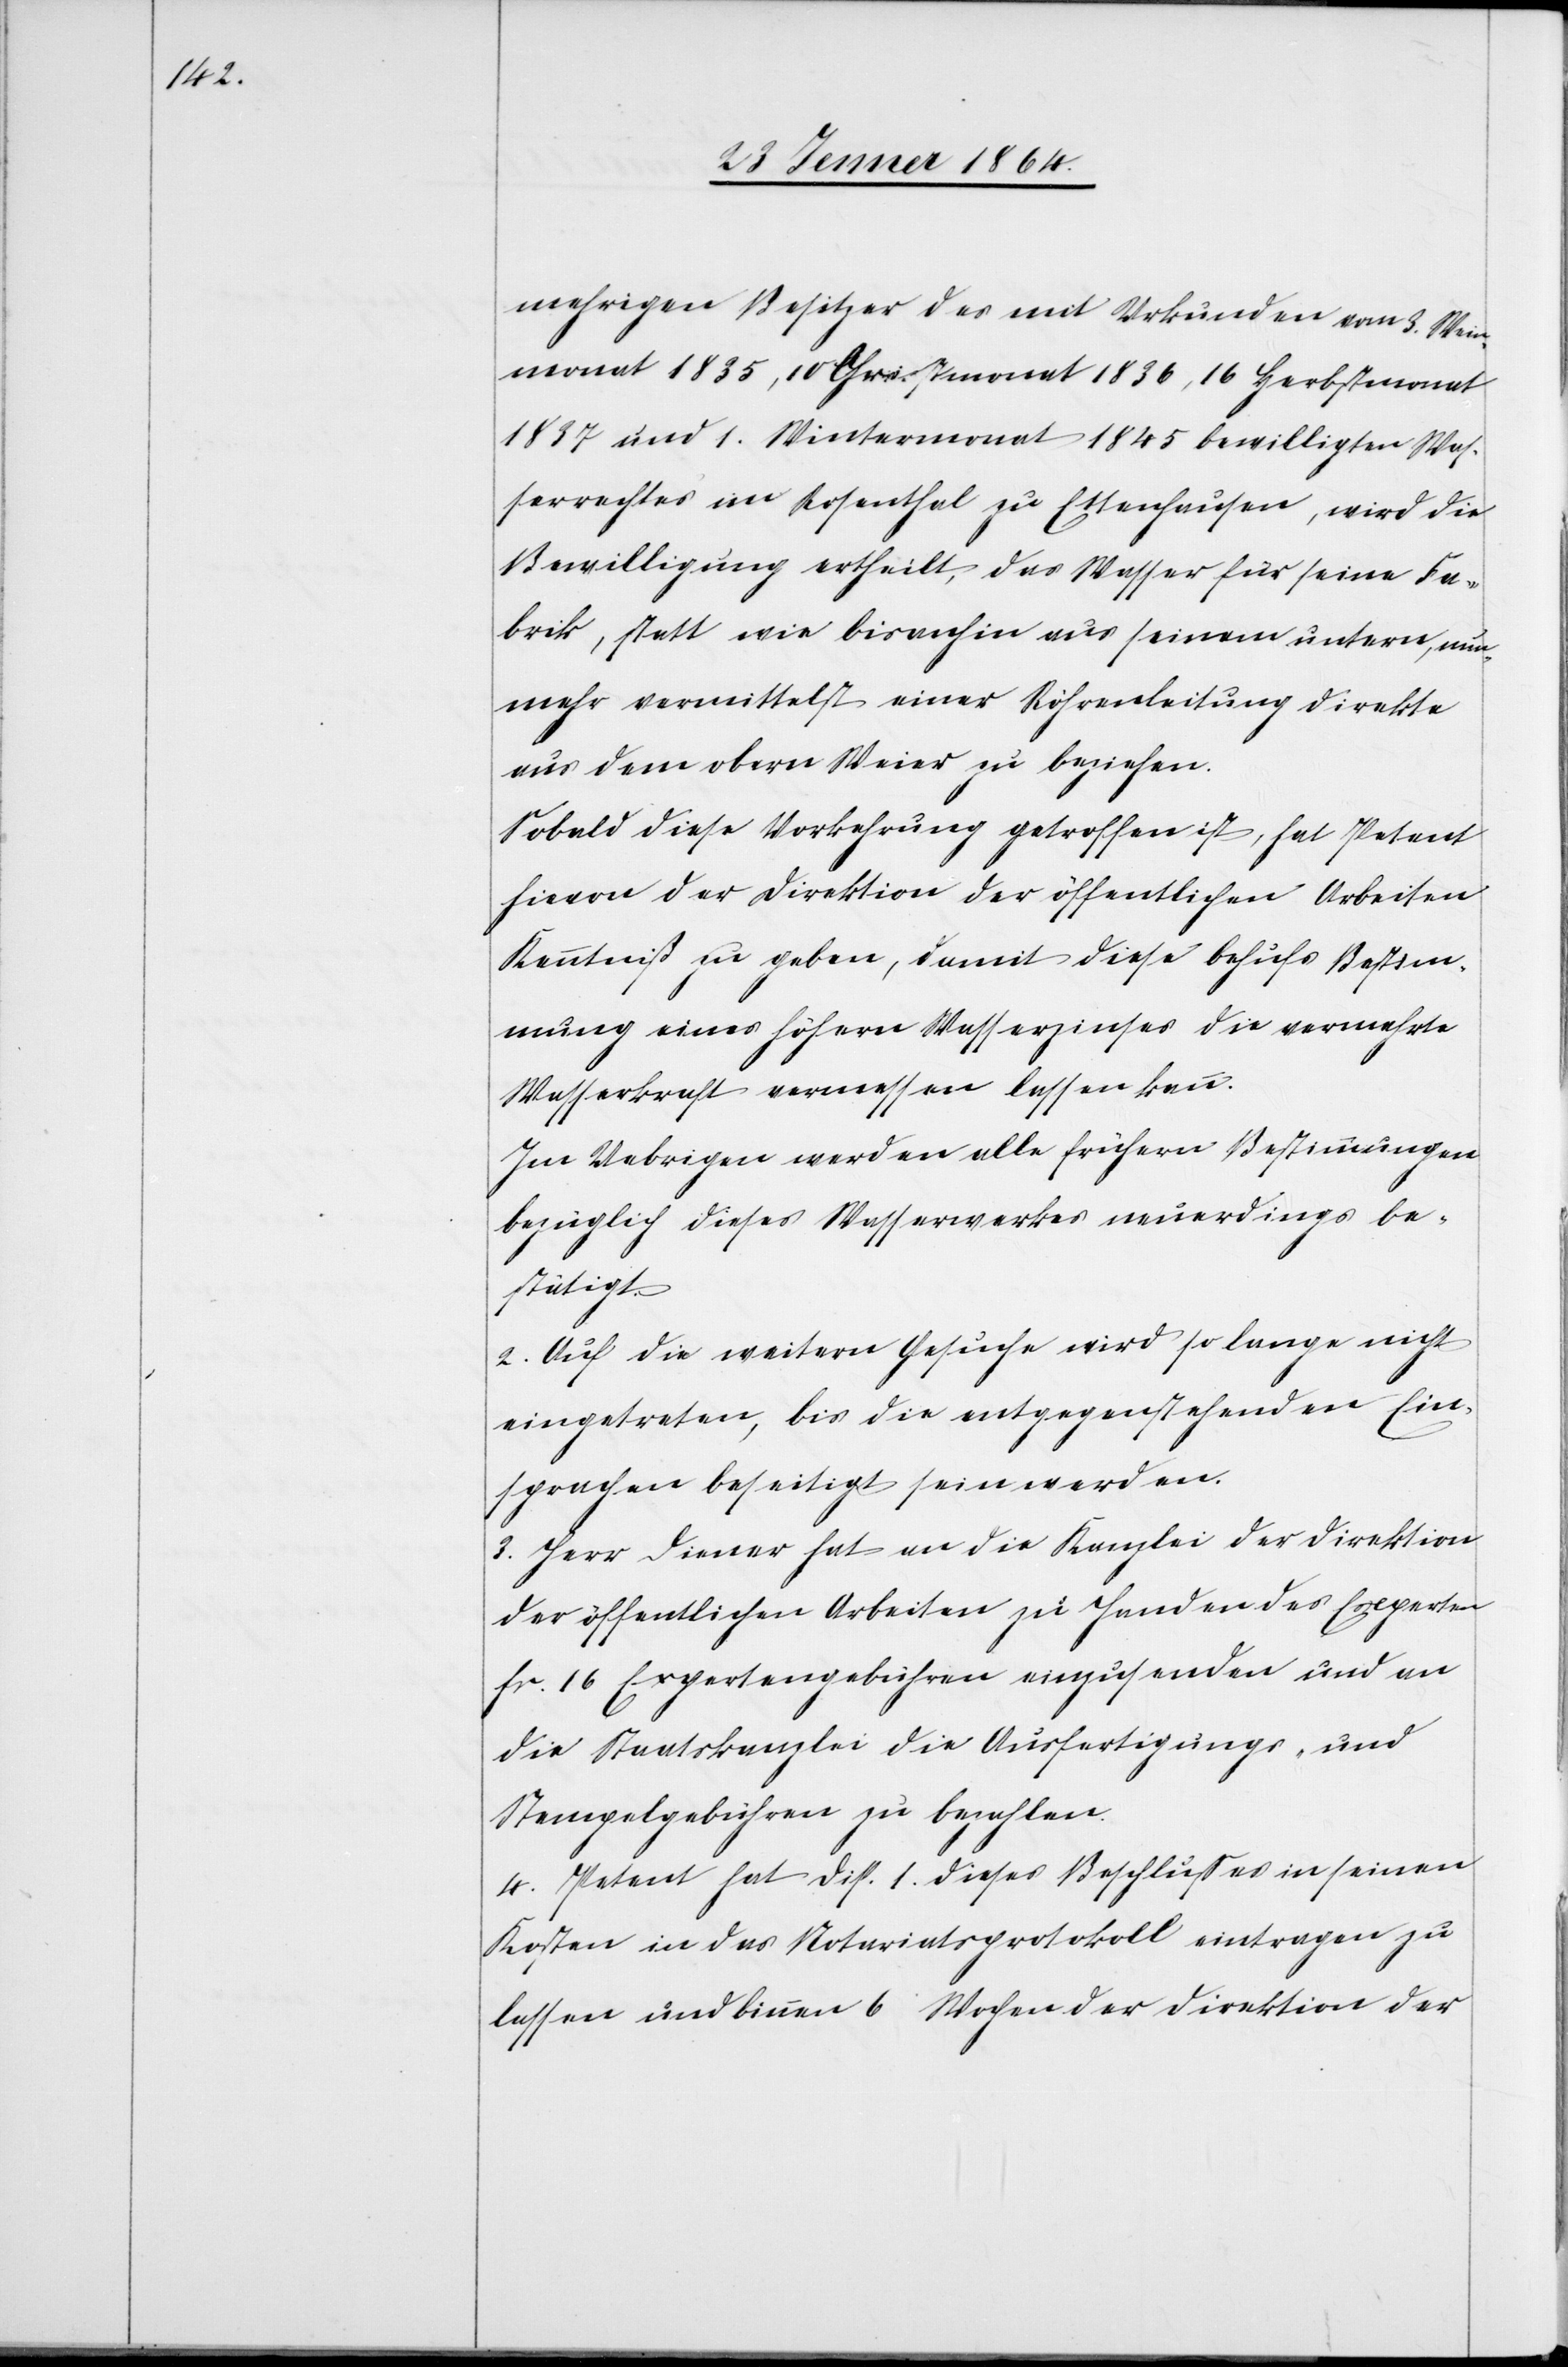
mehrigen Besitzer des mit Urkunden vom 3. Mai¬
monat 1835, 10 Christmonat 1836, 16 Herbstmonat
1837 und 1. Wintermonat 1845 bewilligten Was¬
serrechtes im Rosenthal zu Ettenhausen, wird die
Bewilligung ertheilt, das Wasser für seine Fa¬
brik, statt wie bisanhin aus seinem untern, nun¬
mehr vermittelst einer Röhrenleitung direkte
aus dem obern Weier zu beziehen.
Sobald diese Vorkehrung getroffen ist, hat Petent
hievon der Direktion der öffentlichen Arbeiten
Kenntniß zu geben, damit diese behufs Bestim¬
mung eines höhern Wasserzinses die vermehrte
Wasserkraft vermessen lassen kann.
Im Uebrigen werden alle frühern Bestimmungen
bezüglich dieses Wasserwerkes neuerdings be¬
stätigt.
2. Auf die weitern Gesuche wird so lange nicht
eingetreten, bis die entgegenstehenden Ein¬
sprachen beseitigt sein werden.
3. Herr Diener hat an die Kanzlei der Direktion
der öffentlichen Arbeiten zu Handen des Experten
fr. 16 Expertengebühren einzusenden und an
die Staatskanzlei die Ausfertigungs- und
Stempelgebühren zu bezahlen.
4. Petent hat Disp. 1. dieses Beschlusses in seinen
Kosten in das Notariatsprotokoll eintragen zu
lassen und binnen 6 Wochen der Direktion der